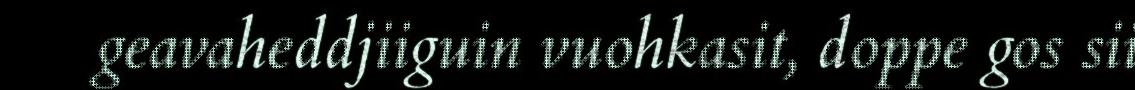
geavaheddjiiguin vuohkasit, doppe gos sii